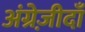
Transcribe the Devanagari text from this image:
अंग्रेज़ीदाँ